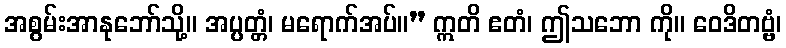
အစွမ်းအာနုဘော်သို့။ အပ္ပတ္တံ၊ မရောက်အပ်။” ဣတိ ဧတံ၊ ဤသဘော ကို။ ဝေဒိတဗ္ဗံ၊